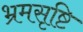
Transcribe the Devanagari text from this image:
भ्रमसृष्टि